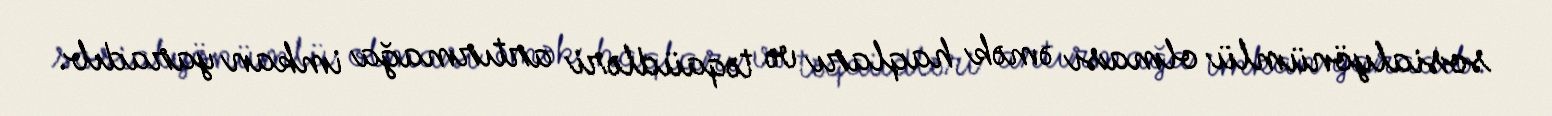
sosialyönümlü olması əmək haqları və təqaüdləri artırmağa imkan yaradıb.